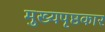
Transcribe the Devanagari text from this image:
मुख्यपृष्ठकार